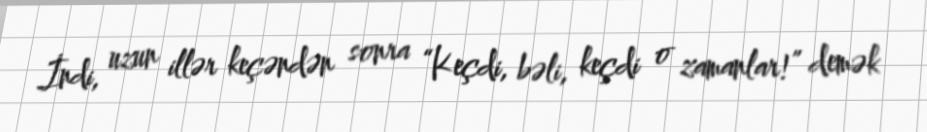
İndi, uzun illər keçəndən sonra “Keçdi, bəli, keçdi o zamanlar!” demək